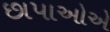
છાપાઓએ